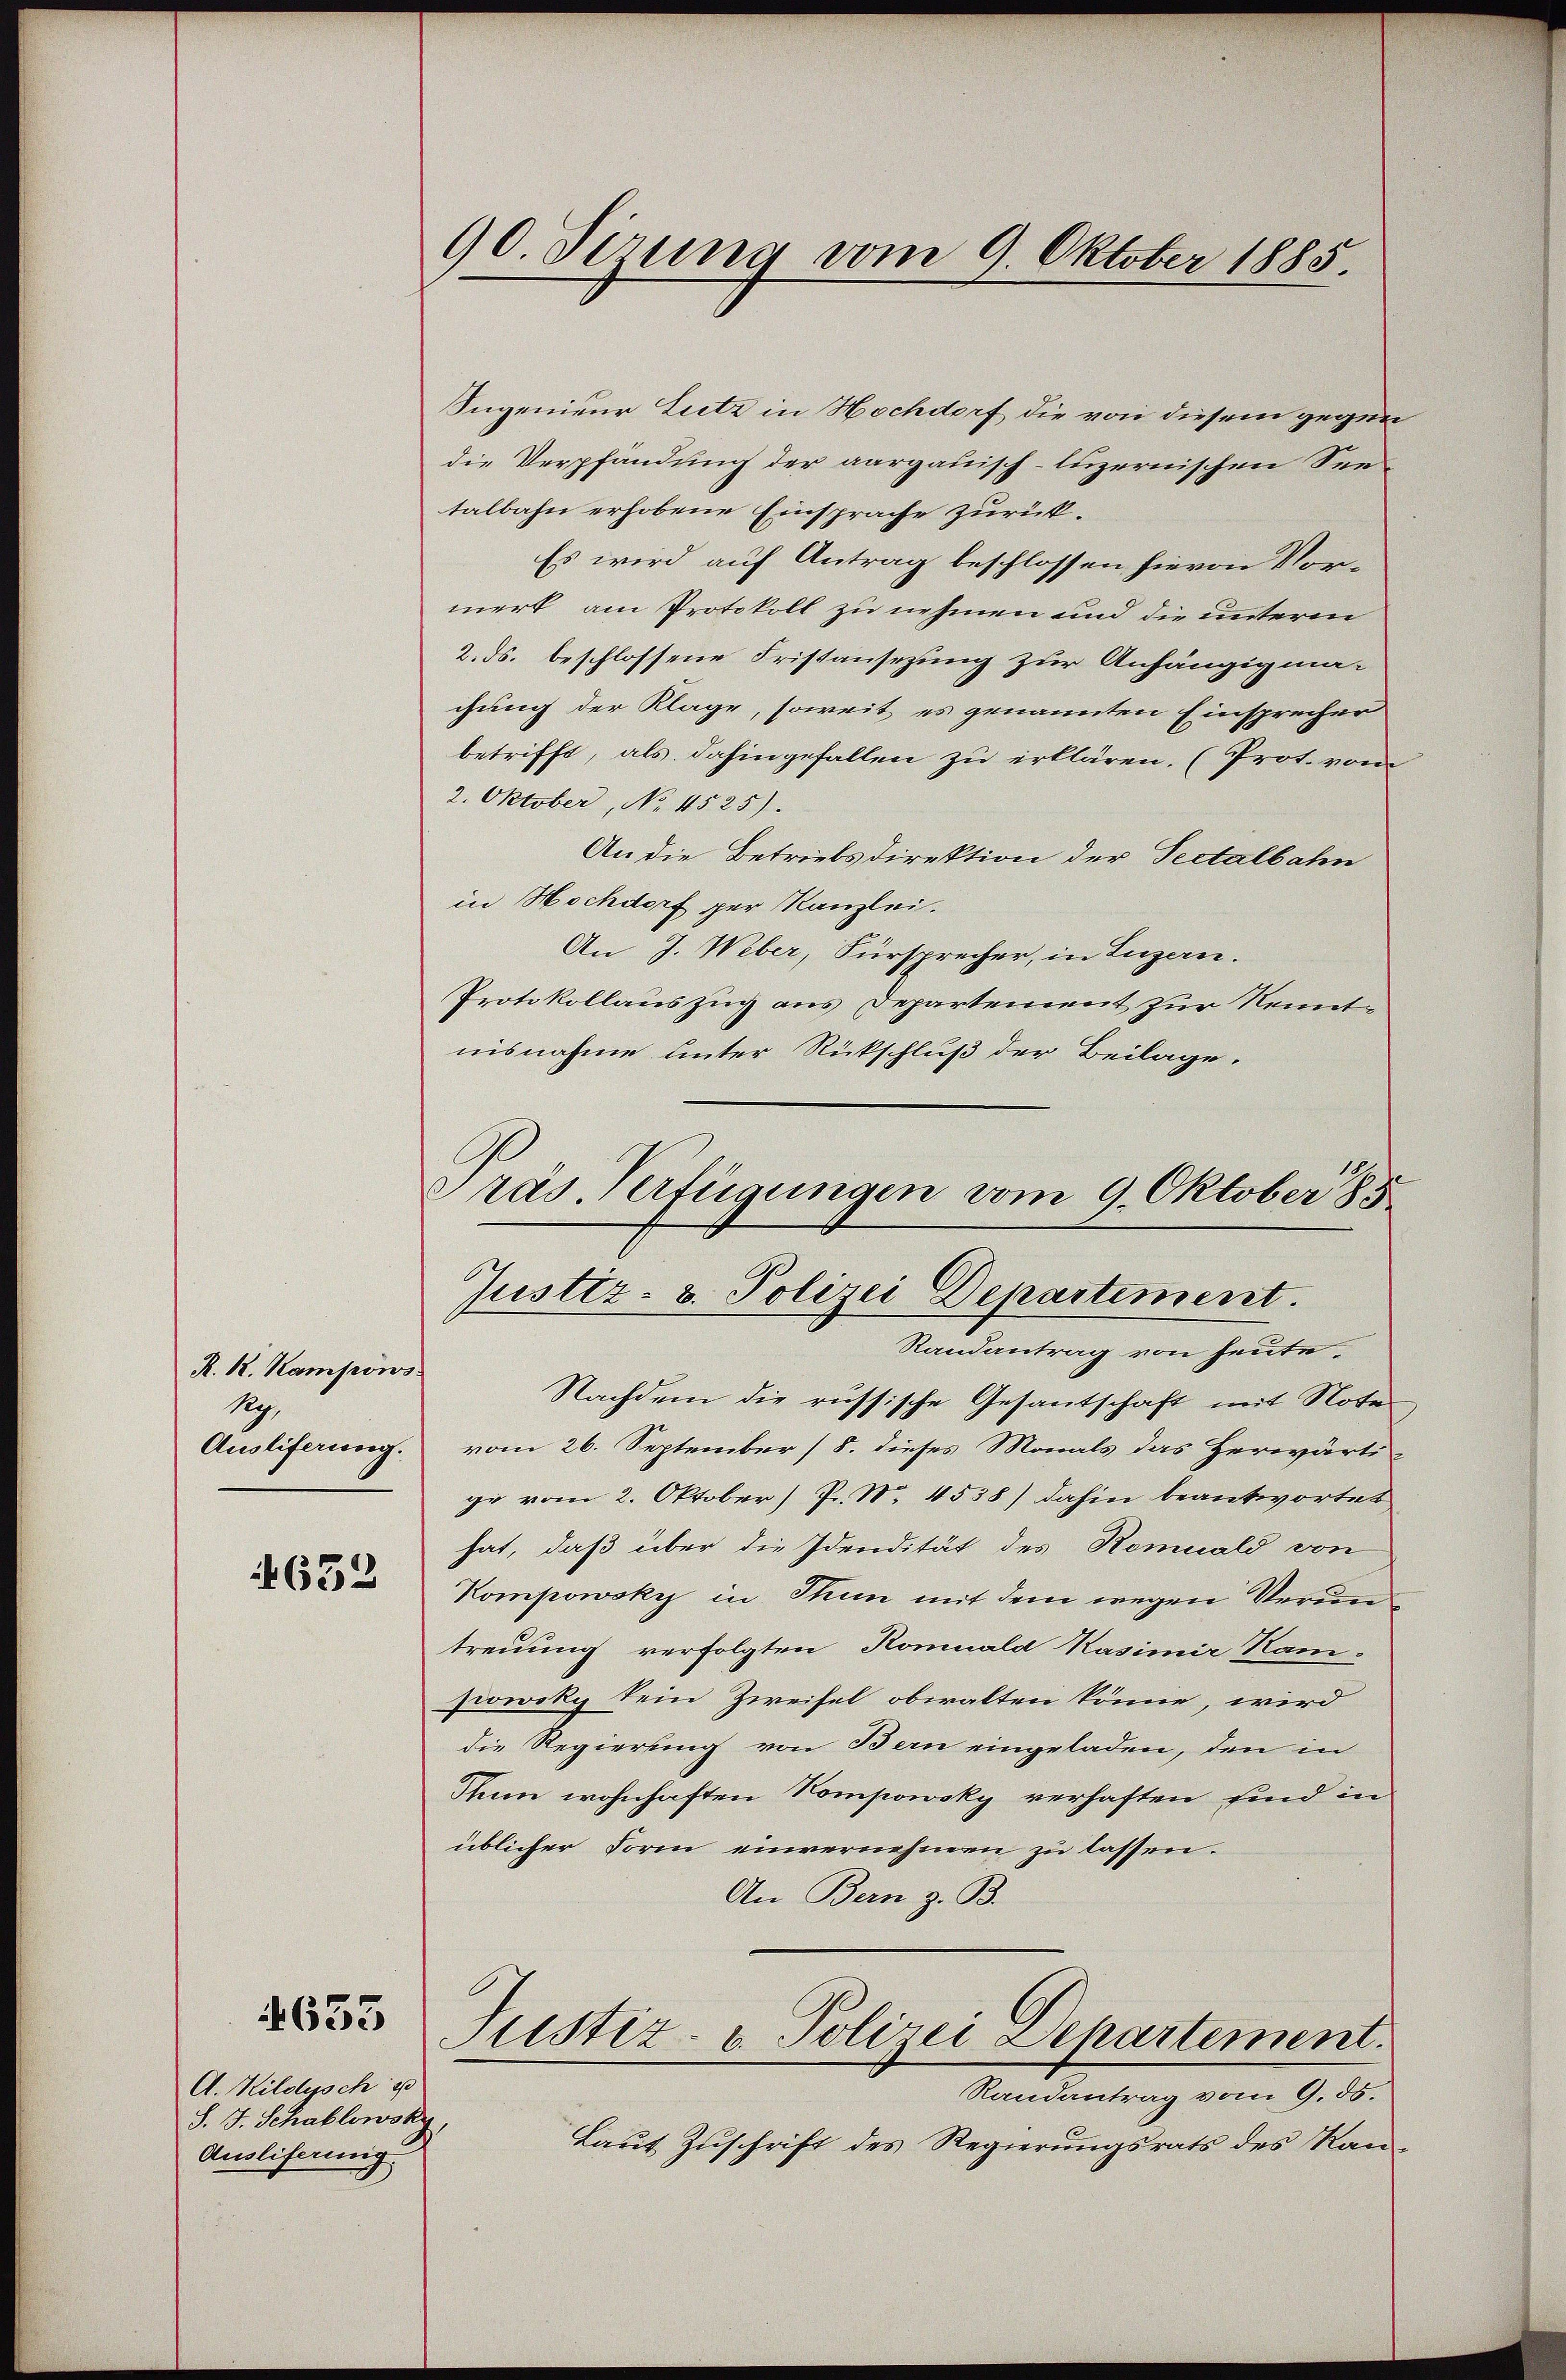
R. k. Kampons.
Rg.
Ausliferung.

632

633

90. Verung vom 9. Oktober 1885.

Ingenieur Lutz in Hochdorf die von diesem gegen
die Verpfändung der aargauisch-luzernischen Seetalbahn erhobene Einsprache zurück.
Es wird auf Antrag beschlossen hievon Vormerk am Protokoll zu nehmen und die unterm
2. ds. beschlossene Fristansezung zur Anhängigma-
chung der Klage, soweit es genannten Einsprecher
betrifft, als dahingefallen zu erklären. (Prot. vom
2. Oktober, No 1525).
An die Betriebsdirektion der Pectalbahn
in Hochdorf per Kanzlei.
An J. Weber, Fürsprecher, in Luzern.
Protokollauszug aus Departement zur Kenntnisnahme unter Rückschluß der Beilage.
Prás Verfügungen vom 9. Oktober 185

Justiz- & Polizei Departement.
Randantrag von heute.

A. Kildysch u
S. J. Schablowsky,
Auslifering

Nachdem die russische Gesantschaft mit Note
vom 26. September (S. dieses Monals das Herwärti-
ge vom 2. Oktober) P. Nr. 4538) dahin beantwortet
hat, daß über die Idendität des Romuald von
Kompowsky in Thun mit dem wegen Veruntreuung verfolgten Homuald Kasimir Nam-
powoky kein Zweifel obwalten könne, wird
die Regierung von Bern eingeladen, den in
Thun wohnhaften Kompowsky verhaften sind in
üblicher Form einvernehmen zu lassen.
An Bern z. B.
Justiz- u. Polizei Departement.
Randantrag vom 9. 55.
Laut Zuschrift des Regierungsrats des Kan¬